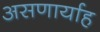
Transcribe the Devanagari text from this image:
असणार्याह